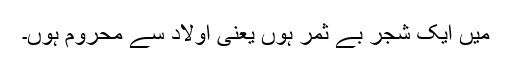
میں ایک شجر بے ثمر ہوں یعنی اولاد سے محروم ہوں۔